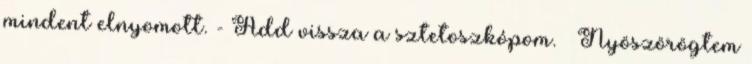
mindent elnyomott. - Add vissza a sztetoszkópom. – Nyöszörögtem